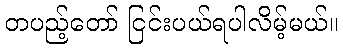
တပည့်တော် ငြင်းပယ်ရပါလိမ့်မယ်။